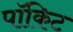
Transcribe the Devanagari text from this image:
पॉकिट